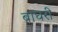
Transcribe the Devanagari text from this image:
बाघरी